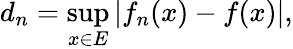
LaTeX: d_{n}=\operatorname*{sup}_{x\in E}|f_{n}(x)-f(x)|,